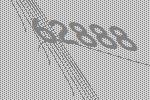
62888